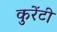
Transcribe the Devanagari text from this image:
कुरेंटी